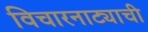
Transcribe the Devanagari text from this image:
विचारनाट्याची